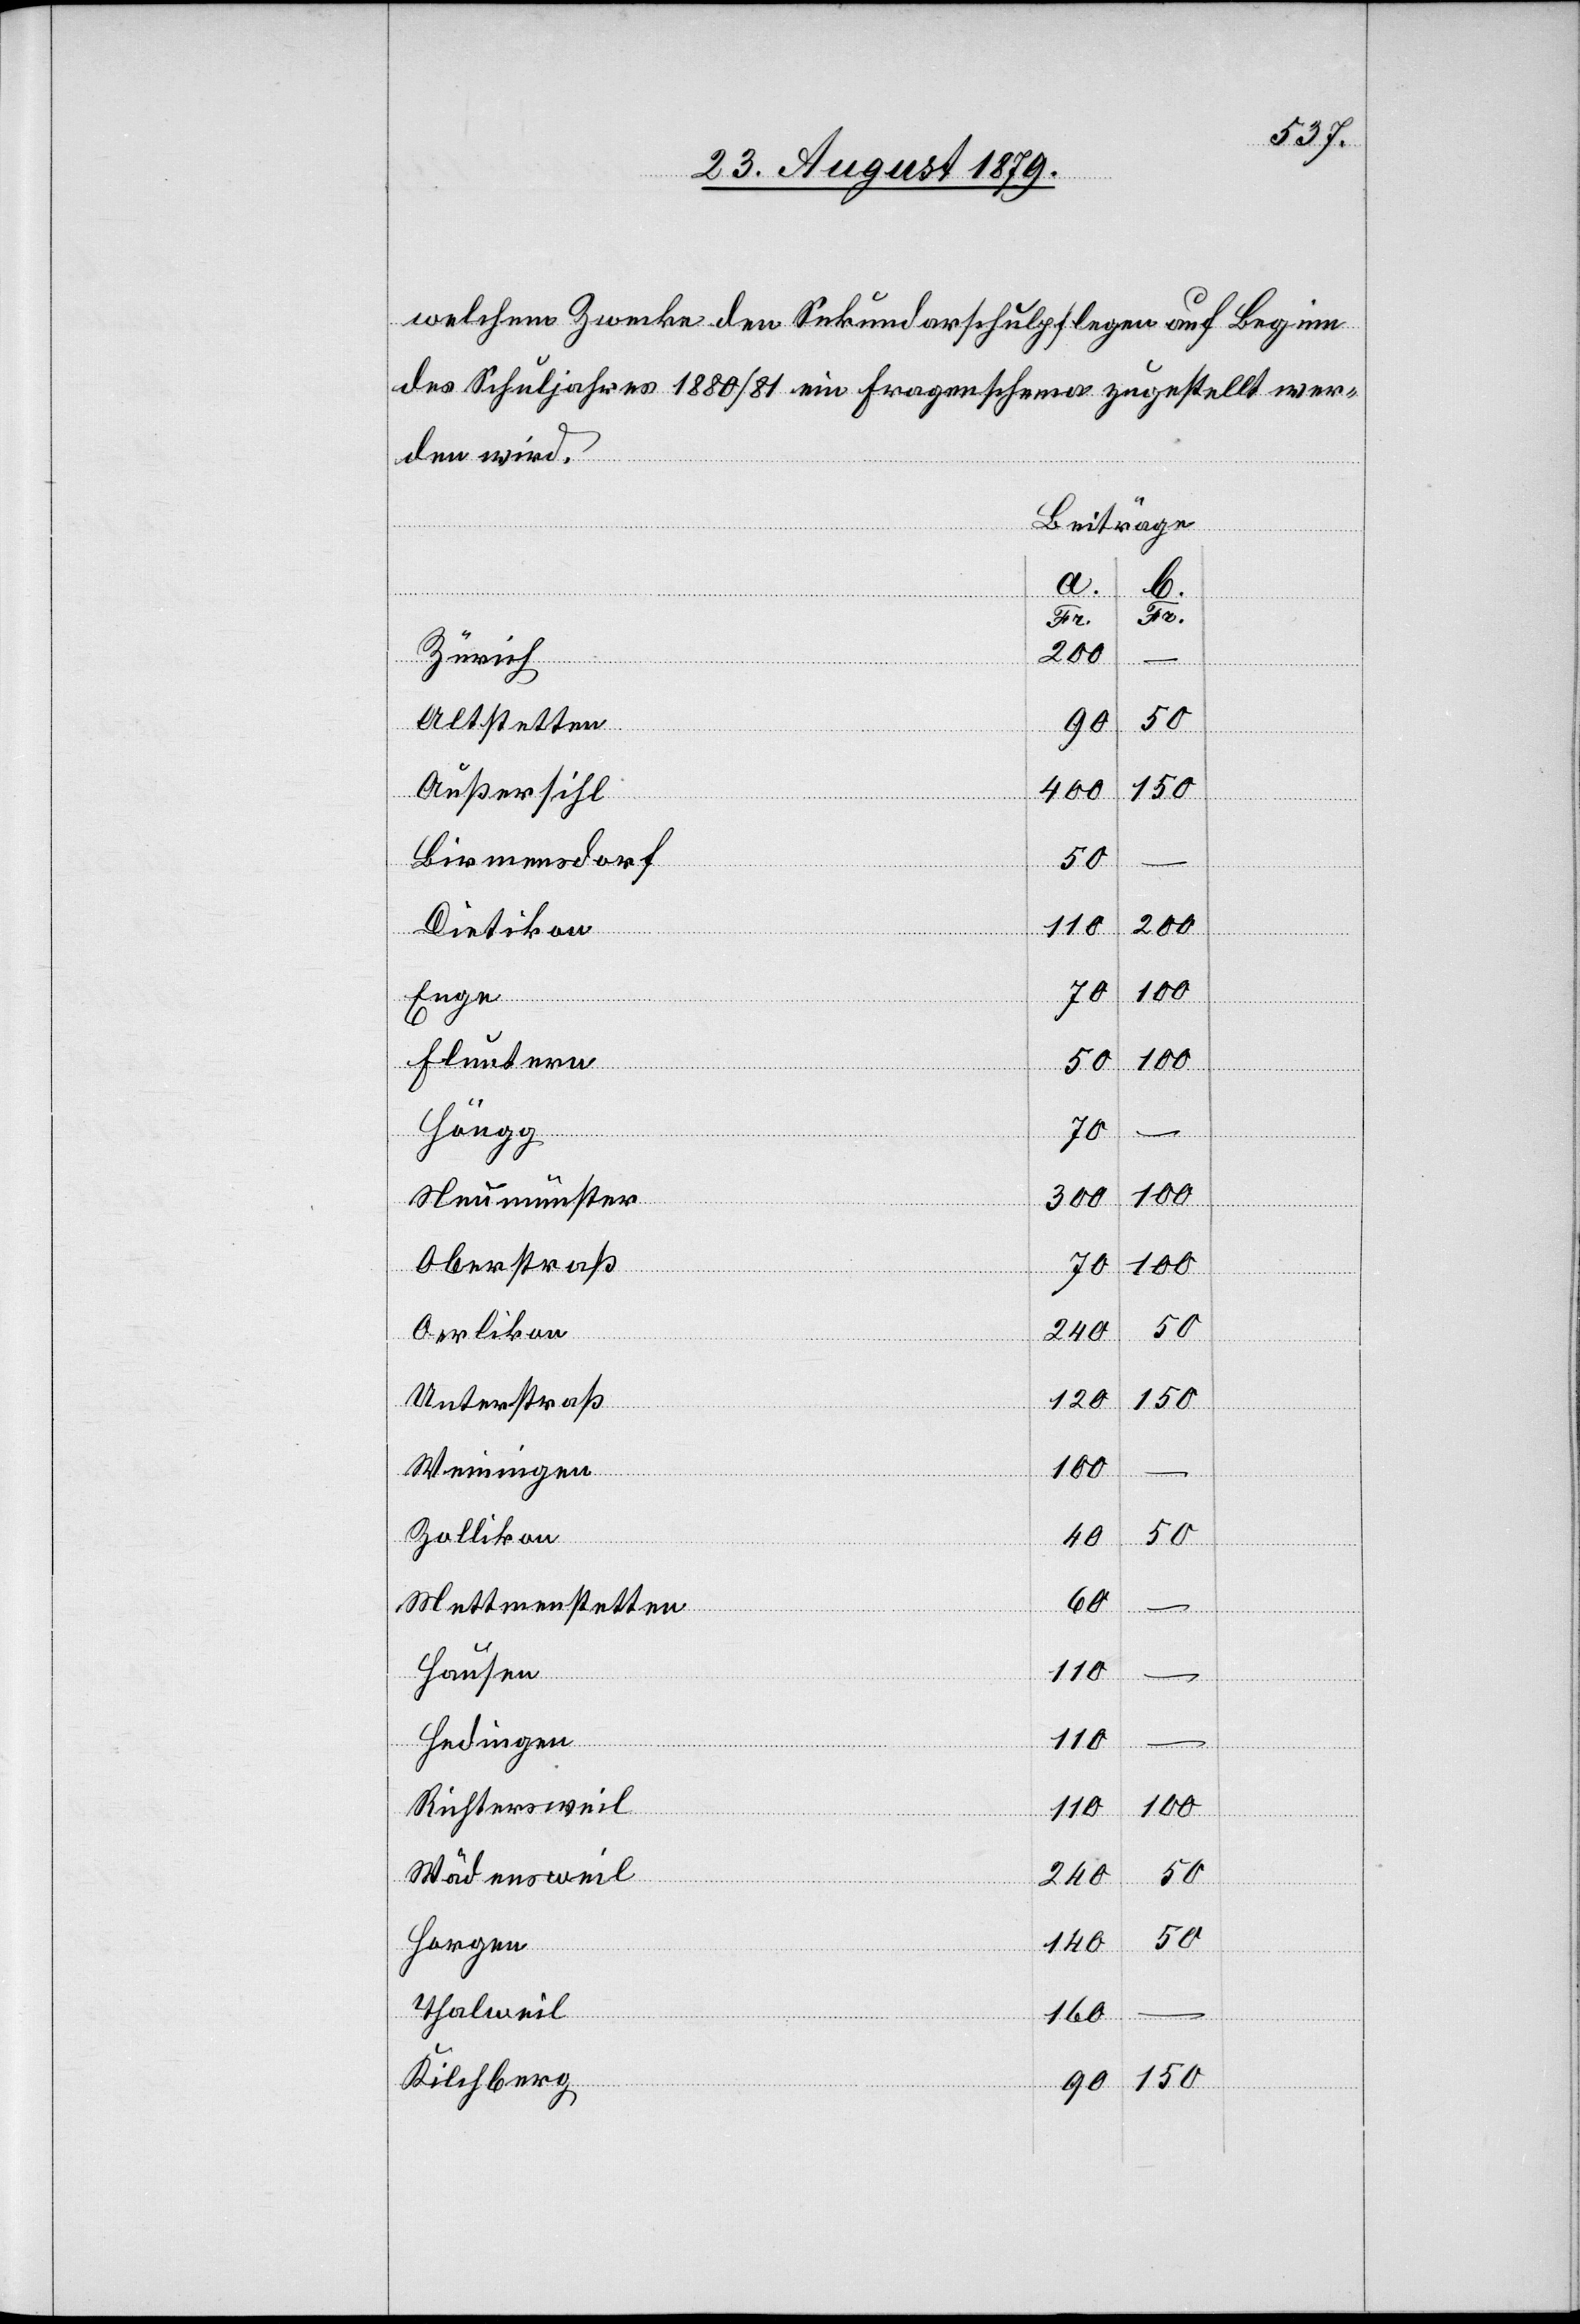
welchem Zwecke den Sekundarschulpflegen auf Beginn
des Schuljahres 1880/81 ein Frageschema zugestellt wer¬
den wird.
Beiträge
a.
b.
200
Zürich
Altstetten
90
400
150
Außersihl
Birmensdorf
50
110
–
Dietikon
Enge
70
Fluntern
50
–
Fr.
Neumünster
Höngg
300
Oberstraß
Oerlikon
240
120
Unterstraß
150
Weiningen
100
Zollikon
40
60
Mettmenstetten
Hausen
Hedingen
110
Richtersweil
110
Wädensweil
240
50
Horgen
140
Thalweil
160
Kilchberg
90